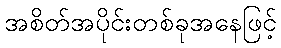
အစိတ်အပိုင်းတစ်ခုအနေဖြင့်